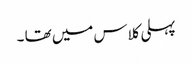
پہلی کلاس میں تھا ۔